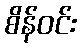
စိန်ဝင်း